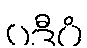
ပဒီပံ